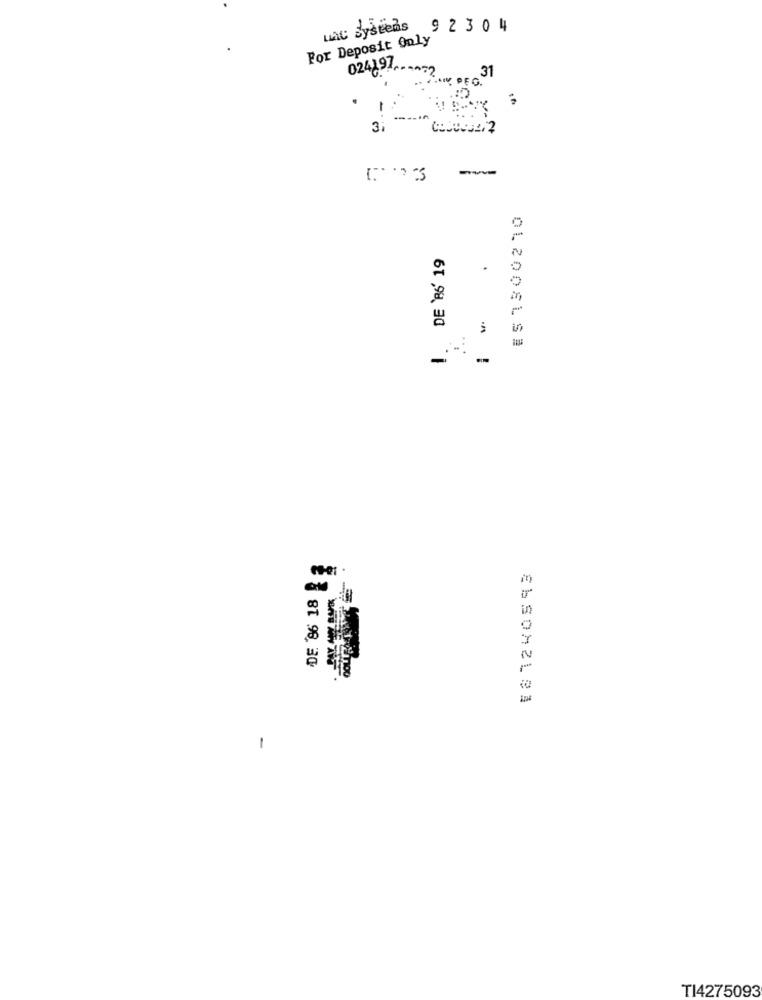
wat Systems 9 2 3 0 4
For Deposit Only
024191 .---- 2
31
AIK PEG.
DE 'B6' 19
..
-
DE 86 18
ELSOMEL91
1
TI4275093